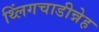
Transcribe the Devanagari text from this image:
थ्लिंगचाडीन्नेह